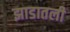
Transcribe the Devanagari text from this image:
झाडातली